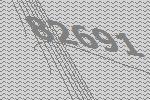
82691